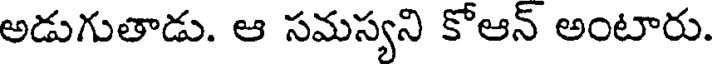
అడుగుతాడు. ఆ సమస్యని కోఆన్ అంటారు.